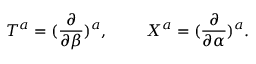
{ \cal T } ^ { a } = ( { \frac { \partial } { \partial \beta } } ) ^ { a } , \ \ \ \ \ \ \ { \cal X } ^ { a } = ( { \frac { \partial } { \partial \alpha } } ) ^ { a } .